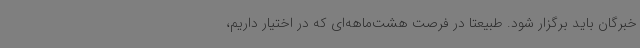
خبرگان باید برگزار شود. طبیعتا در فرصت هشت‌ماهه‌ای که در اختیار داریم،